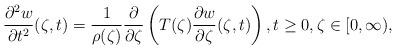
LaTeX: \begin{align*} \frac{\partial^2 w}{\partial t^2} (\zeta,t) = \frac{1}{\rho(\zeta)} \frac{\partial }{\partial \zeta} \left( T(\zeta) \frac{\partial w}{\partial \zeta}(\zeta,t) \right), t\ge 0, \zeta\in [0,\infty), \end{align*}